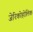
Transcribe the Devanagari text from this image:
जेरिकोहोलिक